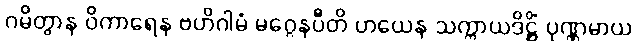
ဂမိတွာန ဝိကာရေန ဗဟိဂါမံ မဂ္ဂေနပီတိ ဟယေန သက္ကာယဒိဋ္ဌိံ ပုဏ္ဏမာယ